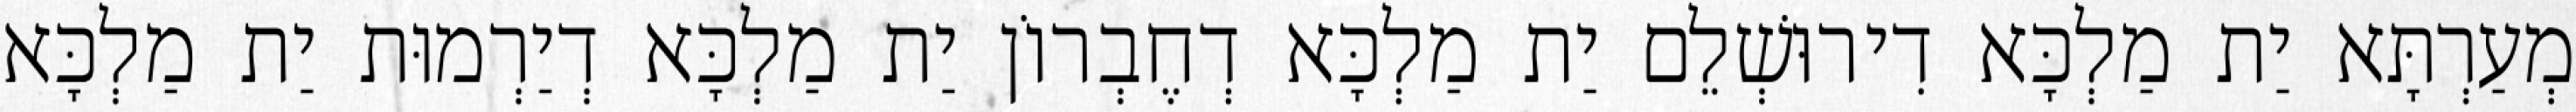
מְעַרְתָּא יַת מַלְכָּא דִירוּשְׁלֵם יַת מַלְכָּא דְחֶבְרוֹן יַת מַלְכָּא דְיַרְמוּת יַת מַלְכָּא